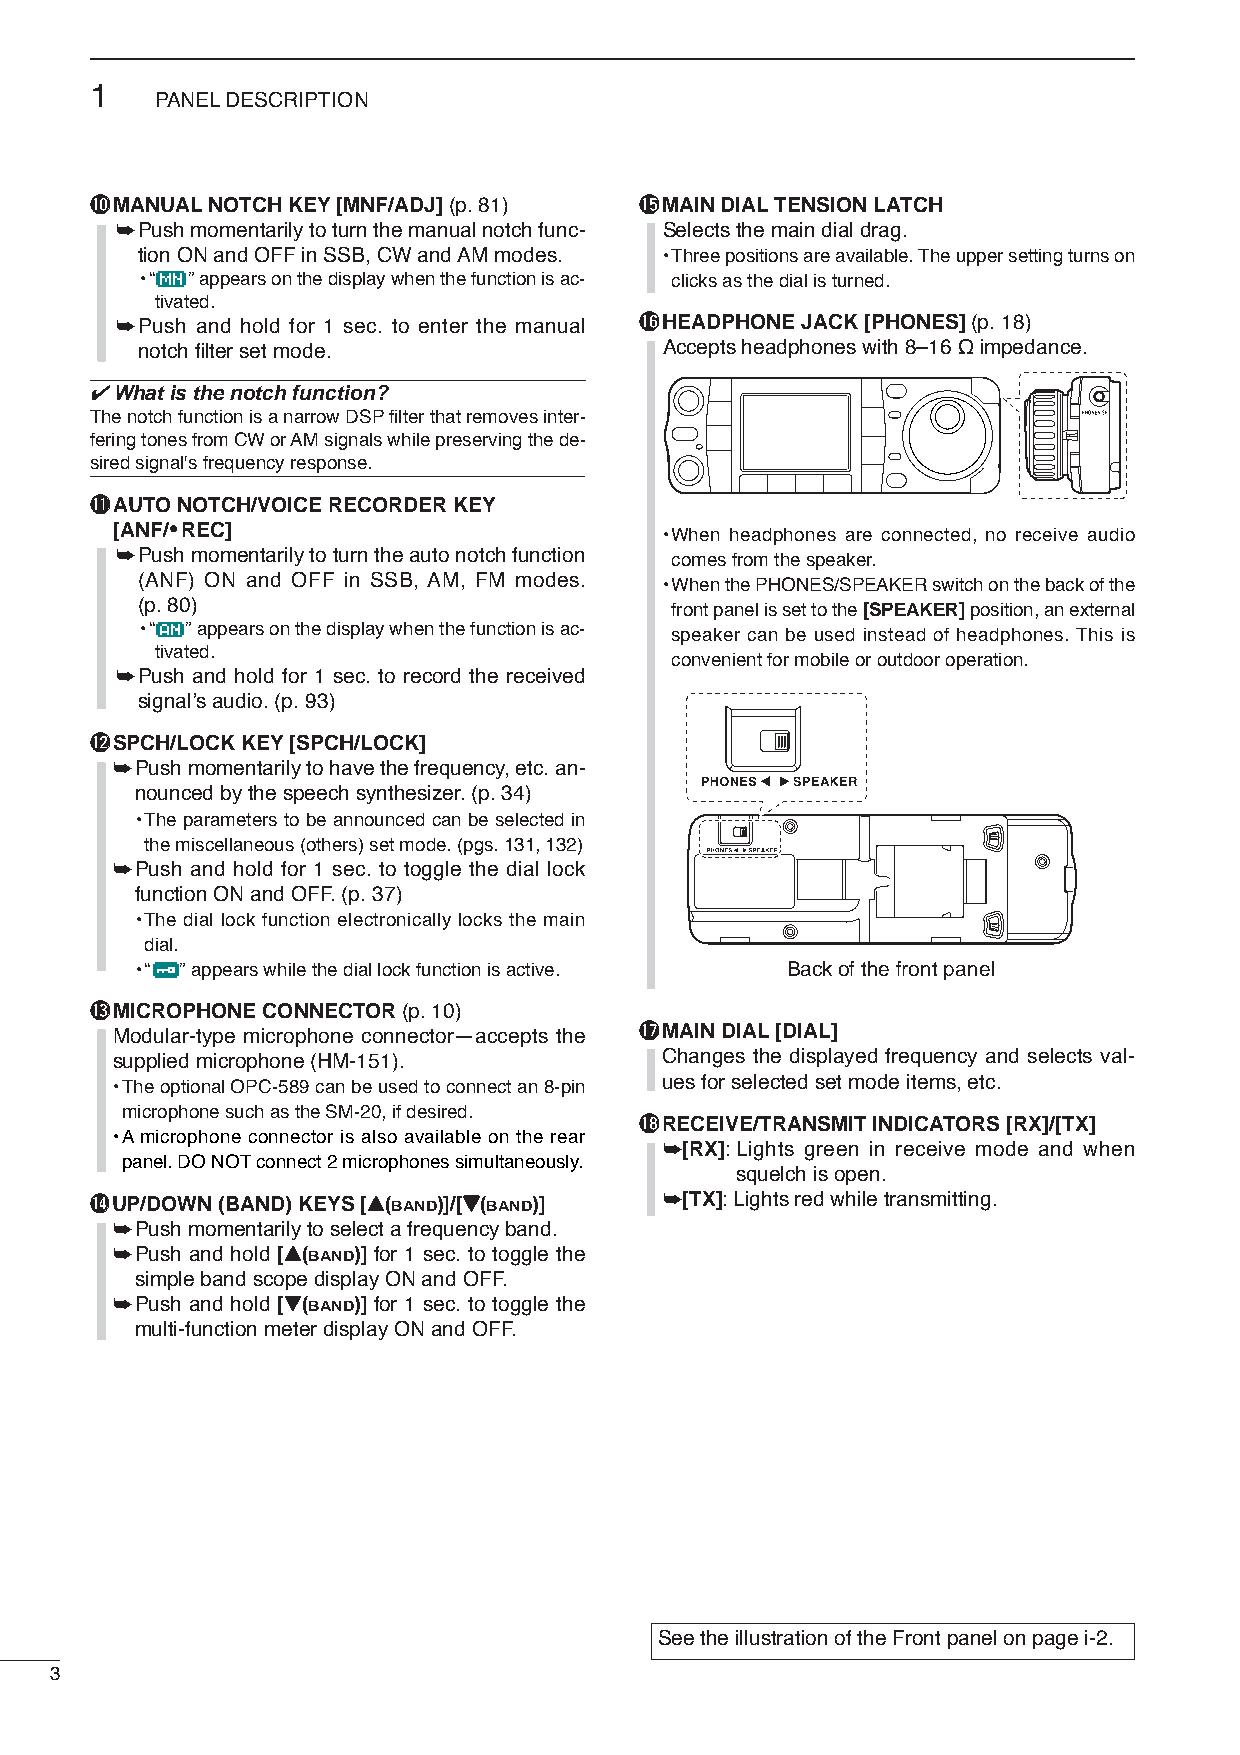
1
 PANELDESCRIPTION
 !0MANUALNOTCH KEY[MNF/ADJ](p. 81)   !5MAIN DIALTENSION LATCH
 ➥Push momentarily to turn the manual notch func- Selects the main dial drag.
 tion ON and OFF in SSB, CW and AM modes. •Three positions are available. The upper setting turns on
 •“ ” appears on the display when the function is ac- clicks as the dial is turned.
 tivated.
 ➥Push and hold for 1 sec. to enter the manual !6HEADPHONE JACK [PHONES] (p.18)
 notch filter set mode.             Accepts headphones with 8–16Ωimpedance.
 ✔What is the notch function?
 The notch function is a narrow DSPfilter that removes inter-
 fering tones from CW or AM signals while preserving the de-
 sired signal's frequency response.
 !1AUTO NOTCH/VOICERECORDER KEY
 [ANF/•REC]
 •When headphones are connected, no receive audio
 ➥Push momentarily to turn the auto notch function comes from the speaker.
 (ANF) ON and OFF in SSB, AM, FM modes. •When the PHONES/SPEAKER switch on the back of the
 (p. 80)                            front panel is set to the [SPEAKER]position, an external
 •“ ” appears on the display when the function is ac-
 speaker can be used instead of headphones. This is
 tivated.
 convenient for mobile or outdoor operation.
 ➥Push and hold for 1 sec. to record the received
 signal’s audio.(p.93)
 !2SPCH/LOCK KEY[SPCH/LOCK]
 ➥Push momentarily to have the frequency, etc. an-
 nounced by the speech synthesizer. (p.34)
 •The parameters to be announced can be selected in
 the miscellaneous (others) set mode. (pgs.131, 132)
 ➥Push and hold for 1 sec. to toggle the dial lock
 function ON and OFF. (p.37)
 •The dial lock function electronically locks the main
 dial.
 •“ ” appears while the dial lock function is active. Back of the front panel
 !3MICROPHONE CONNECTOR (p.10)
 Modular-type microphone connector—accepts the !7MAIN DIAL[DIAL]
 supplied microphone (HM-151).        Changes the displayed frequency and selects val-
 ues for selected set mode items, etc.
 •The optional OPC-589 can be used to connect an 8-pin
 microphone such as the SM-20, if desired.
 !8RECEIVE/TRANSMIT INDICATORS [RX]/[TX]
 •Amicrophone connector is also available on the rear
 ➥[RX]: Lights green in receive mode and when
 panel. DO NOTconnect 2 microphones simultaneously.
 squelch is open.
 !4UP/DOWN (BAND) KEYS[Y(BAND)]/[ZZ(BAND)] ➥[TX]: Lights red while transmitting.
 ➥Push momentarily to select a frequency band.
 ➥Push and hold [Y(BAND)] for 1 sec. to toggle the
 simple band scope display ON and OFF.
 ➥Push and hold [Z(BAND)] for 1 sec. to toggle the
 multi-function meter display ON and OFF.
 See the illustration of the Front panel on page i-2.
 3